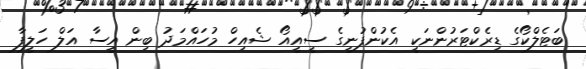
ބަޓެލްކޯގެ ޑިރެކްޓަރުންނަކީ އެކުންފުނީގެ ސީއީއޯ ޝެއިހް މުހައްމަދު ބިން އީސާ އަލް ހަލީފާ